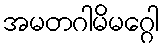
အမတဂါမိမဂ္ဂေါ